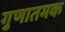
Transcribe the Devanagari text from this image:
गुणातमक